Indian journal of veterinary science and animal husbandry - Volumes 22-23, 1952-1953
Year: 1952
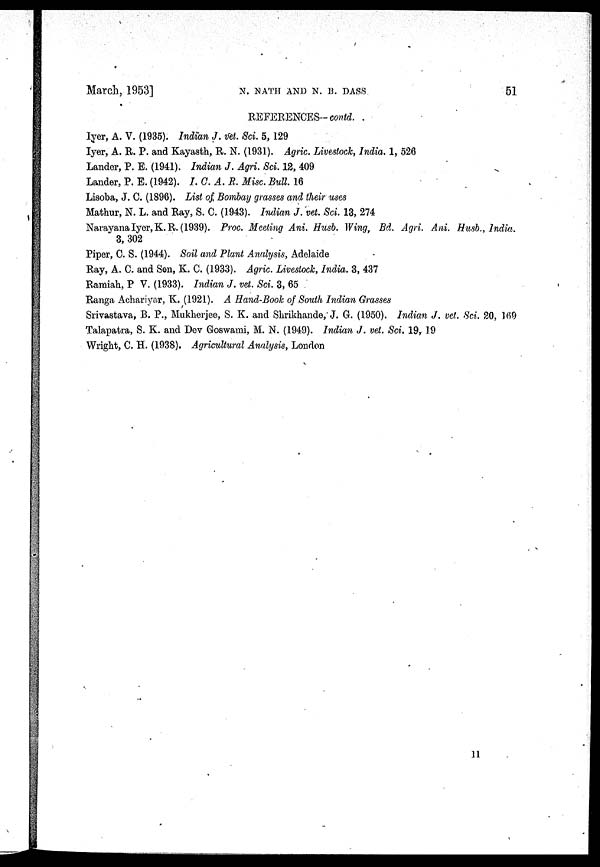
March, 1953]
N. NATH AND N. B. DASS
51
REFERENCES-contd.
Iyer, A. V. (1935). Indïan J. vet. Sci. 5, 129
Iyer, A. R. P. and Kayasth, R. N. (1931). Agric. Livestock, India. 1, 526
Lander, P. E. (1941). Indian J. Agri. Sci. 12, 409
Lander, P. E. (1942). I.C.A.R.
Misc. Bull. 16
Lisoba, J. C. (1896). List of Bombay grasses and their uses
Mathur, N. L. and Ray, S. C. (1943). Indian J. vet. Sci. 13, 274
Narayana Iyer, K. R. (1939). Proc. Meeting Ani. Husb. Wing. Bd. Agri. Ani. Husb., India.
3, 302
Piper, C. S. (1944). Soil and Plant Analysis, Adelaide
Ray, A. C. and Sen, K. C. (1933). Agric. Livestock, India. 3, 437
Ramiah, P V. (1933). Indian J. vet. Sci. 3, 65
Ranga Achariyar, K. (1921). A Hand-Book of South Indian Grasses
Srivastava, B. P., Mukherjee, S. K. and Shrikhande, J. G. (1950). Indian J. vet. Sci. 20, 169
Talapatra, S. K. and Dev Goswami, M. N. (1949). Indian J. vet. Sci. 19, 19
Wright, C. H. (1938). Agricultural Analysis, London